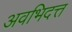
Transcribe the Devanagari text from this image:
अवभिदत्त